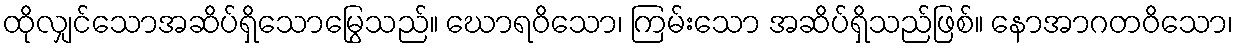
ထိုလျှင်သောအဆိပ်ရှိသောမြွေသည်။ ဃောရဝိသော၊ ကြမ်းသော အဆိပ်ရှိသည်ဖြစ်။ နောအာဂတဝိသော၊